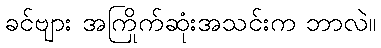
ခင်ဗျား အကြိုက်ဆုံးအသင်းက ဘာလဲ။